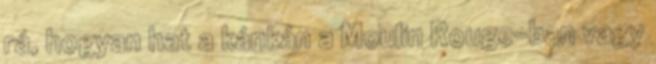
rá, hogyan hat a kánkán a Moulin Rouge-ban vagy